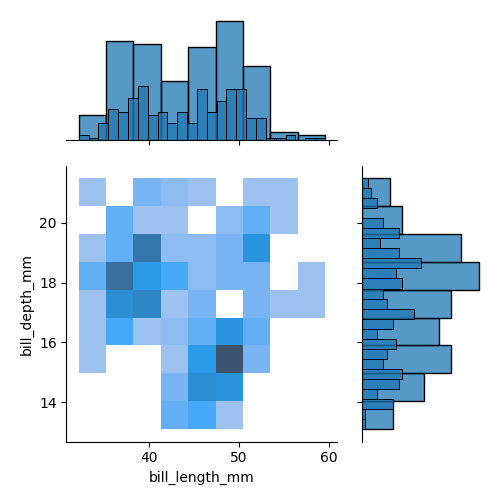
python, seaborn, jointplot, kind='hist', height='5', ratio='2', marginal_ticks='False'